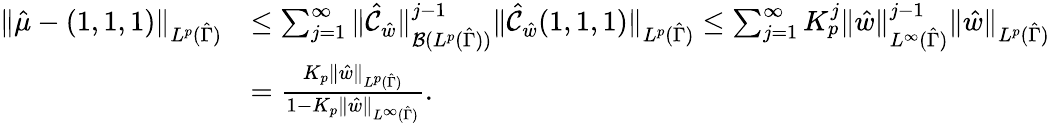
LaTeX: \begin{array}{rl}{\| \hat{\mu}-(1,1,1)\| _{L^{p}(\hat{\Gamma})}}&{\leq\sum_{j=1}^{\infty}\| \hat{\mathcal{C}}_{\hat{w}}\| _{\mathcal{B}(L^{p}(\hat{\Gamma}))}^{j-1}\| \hat{\mathcal{C}}_{\hat{w}}(1,1,1)\| _{L^{p}(\hat{\Gamma})}\leq\sum_{j=1}^{\infty}K_{p}^{j}\| \hat{w}\| _{L^{\infty}(\hat{\Gamma})}^{j-1}\| \hat{w}\| _{L^{p}(\hat{\Gamma})}}\\ &{=\frac{K_{p}\| \hat{w}\| _{L^{p}(\hat{\Gamma})}}{1-K_{p}\| \hat{w}\| _{L^{\infty}(\hat{\Gamma})}}.}\end{array}